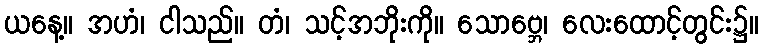
ယနေ့။ အဟံ၊ ငါသည်။ တံ၊ သင့်အဘိုးကို။ သောဗ္ဘေ၊ လေးထောင့်တွင်း၌။